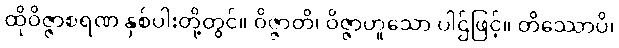
ထိုဝိဇ္ဇာစရဏ နှစ်ပါးတို့တွင်။ ဝိဇ္ဇာတိ၊ ဝိဇ္ဇာဟူသော ပါဌ်ဖြင့်။ တိဿောပိ၊